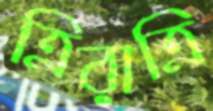
ত্রিরাত্রি